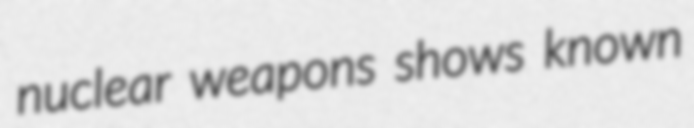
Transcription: nuclear weapons shows known